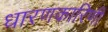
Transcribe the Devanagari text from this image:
धारणकारिणी